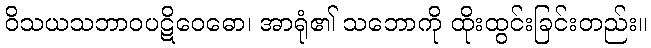
ဝိသယသဘာဝပဋိဝေဓော၊ အာရုံ၏ သဘောကို ထိုးထွင်းခြင်းတည်း။